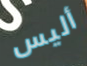
أليس